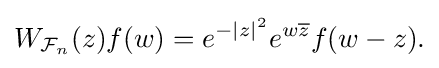
{W_{{\mathcal {F}}_{n}}(z)f(w)=e^{-|z|^{2}}e^{w{\overline {z}}}f(w-z).}